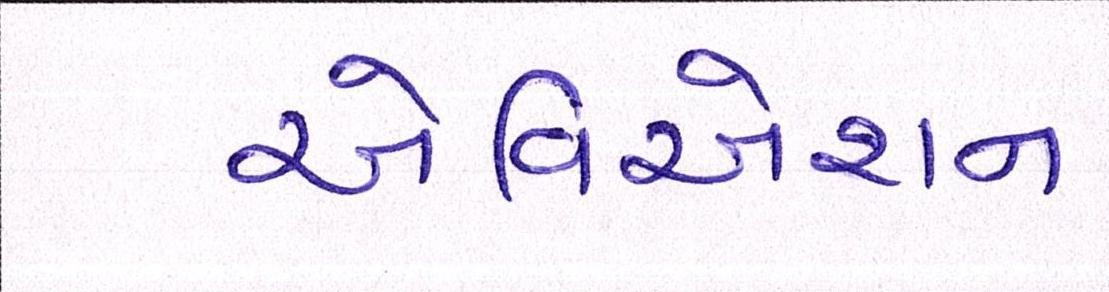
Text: એવિએશન